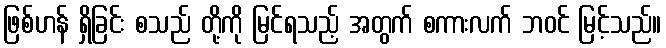
ဖြစ်ဟန် ရှိခြင်း စသည် တို့ကို မြင်ရသည့် အတွက် စကားလက် ဘဝင် မြင့်သည်။